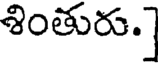
శింతురు.]